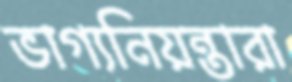
ভাগ্যনিয়ন্তারা